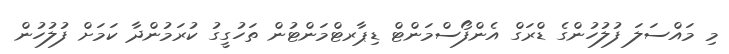
މި މައްސަލަ ފުލުހުންގެ ޑްރަގް އެންފޯސްމަންޓް ޑިޕާރޓްމަންޓުން ތަހުގީގު ކުރަމުންދާ ކަމަށް ފުލުހުން